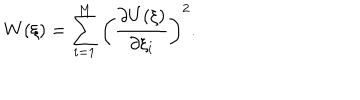
W ( \xi ) = \sum _ { i = 1 } ^ { M } \left( \frac { \partial U ( \xi ) } { \partial \xi _ { i } } \right) ^ { 2 } .